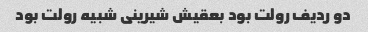
دو ردیف رولت بود بعقیش شیرینی شبیه رولت بود